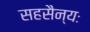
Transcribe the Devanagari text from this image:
सहसैन्यः